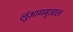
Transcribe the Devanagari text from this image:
लुंआगमुआल